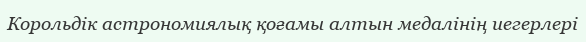
Корольдік астрономиялық қоғамы алтын медалінің иегерлері